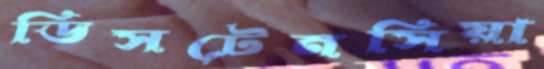
ডিসটেনসিয়া